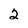
Character: 2